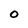
Character: 0